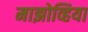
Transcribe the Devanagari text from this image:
माझोव्हिया